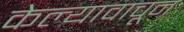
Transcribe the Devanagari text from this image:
केल्यावाचून